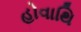
હોવાથિ